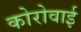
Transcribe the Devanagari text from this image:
कोरोवाई